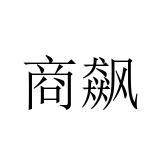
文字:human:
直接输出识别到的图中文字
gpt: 商飙